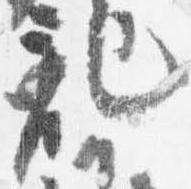
記